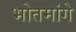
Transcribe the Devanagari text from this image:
भोतमांगे